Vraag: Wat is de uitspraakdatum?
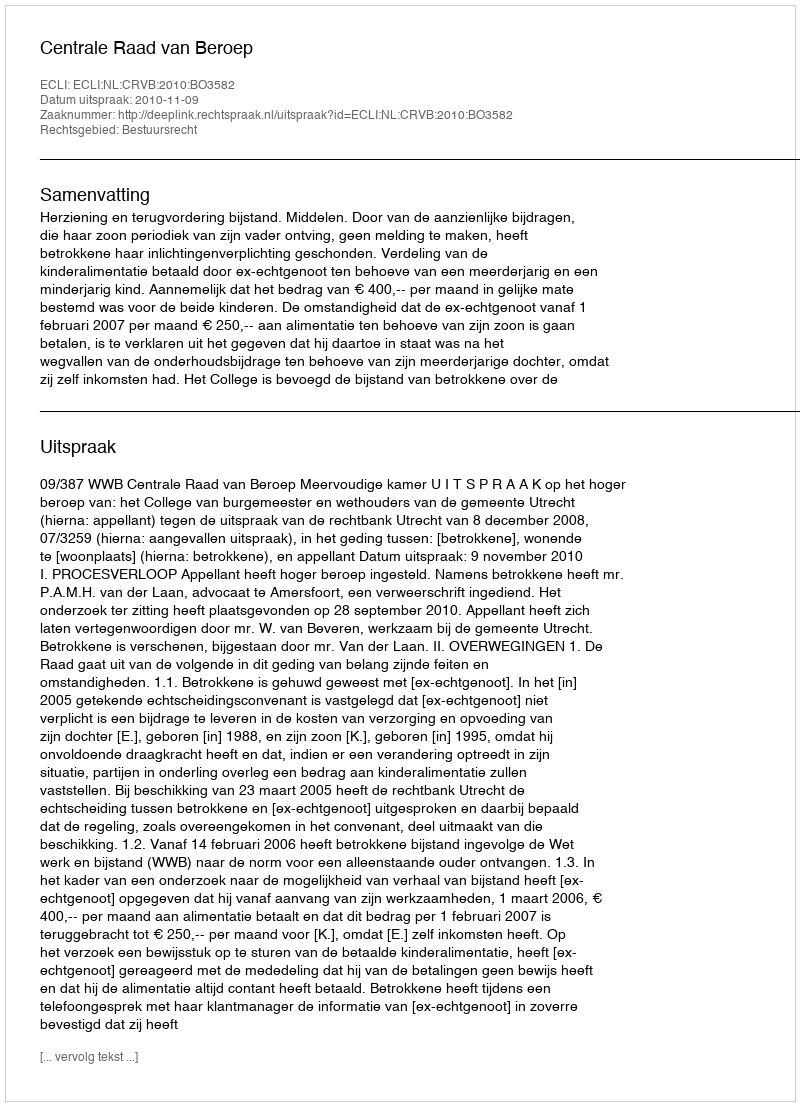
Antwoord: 2010-11-09